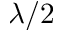
\lambda / 2